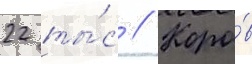
22 ты́с // Коро́в